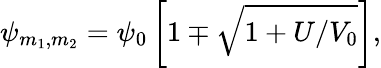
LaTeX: \psi_{{m_{1}},{m_{2}}}=\psi_{0}\left[1\mp\sqrt{1+U/V_{0}}\right],